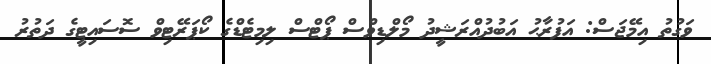
ވަގުތު އިމޭޖަސް: އަފުރާޙު އަބުދުއްރަޝީދު މޯލްޑިވްސް ޕޯޓްސް ލިމިޓެޑްގެ ކޯޕަރޭޓިވް ސޮސައިޓީގެ ދަތުރު